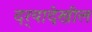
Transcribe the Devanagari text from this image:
दर्‍यादेखील